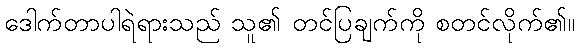
ဒေါက်တာပါရဲရားသည် သူ၏ တင်ပြချက်ကို စတင်လိုက်၏။